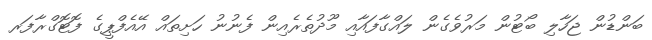
ބަންޑުން ޖަހާލި ބޯޓުން މަރުވެގެން ލައްގާފައާއި މޫދުތެރެއިން ފެނުނު ހަށިތައް އޭއެފްޕީގެ ފޮޓޮގްރާފަރ